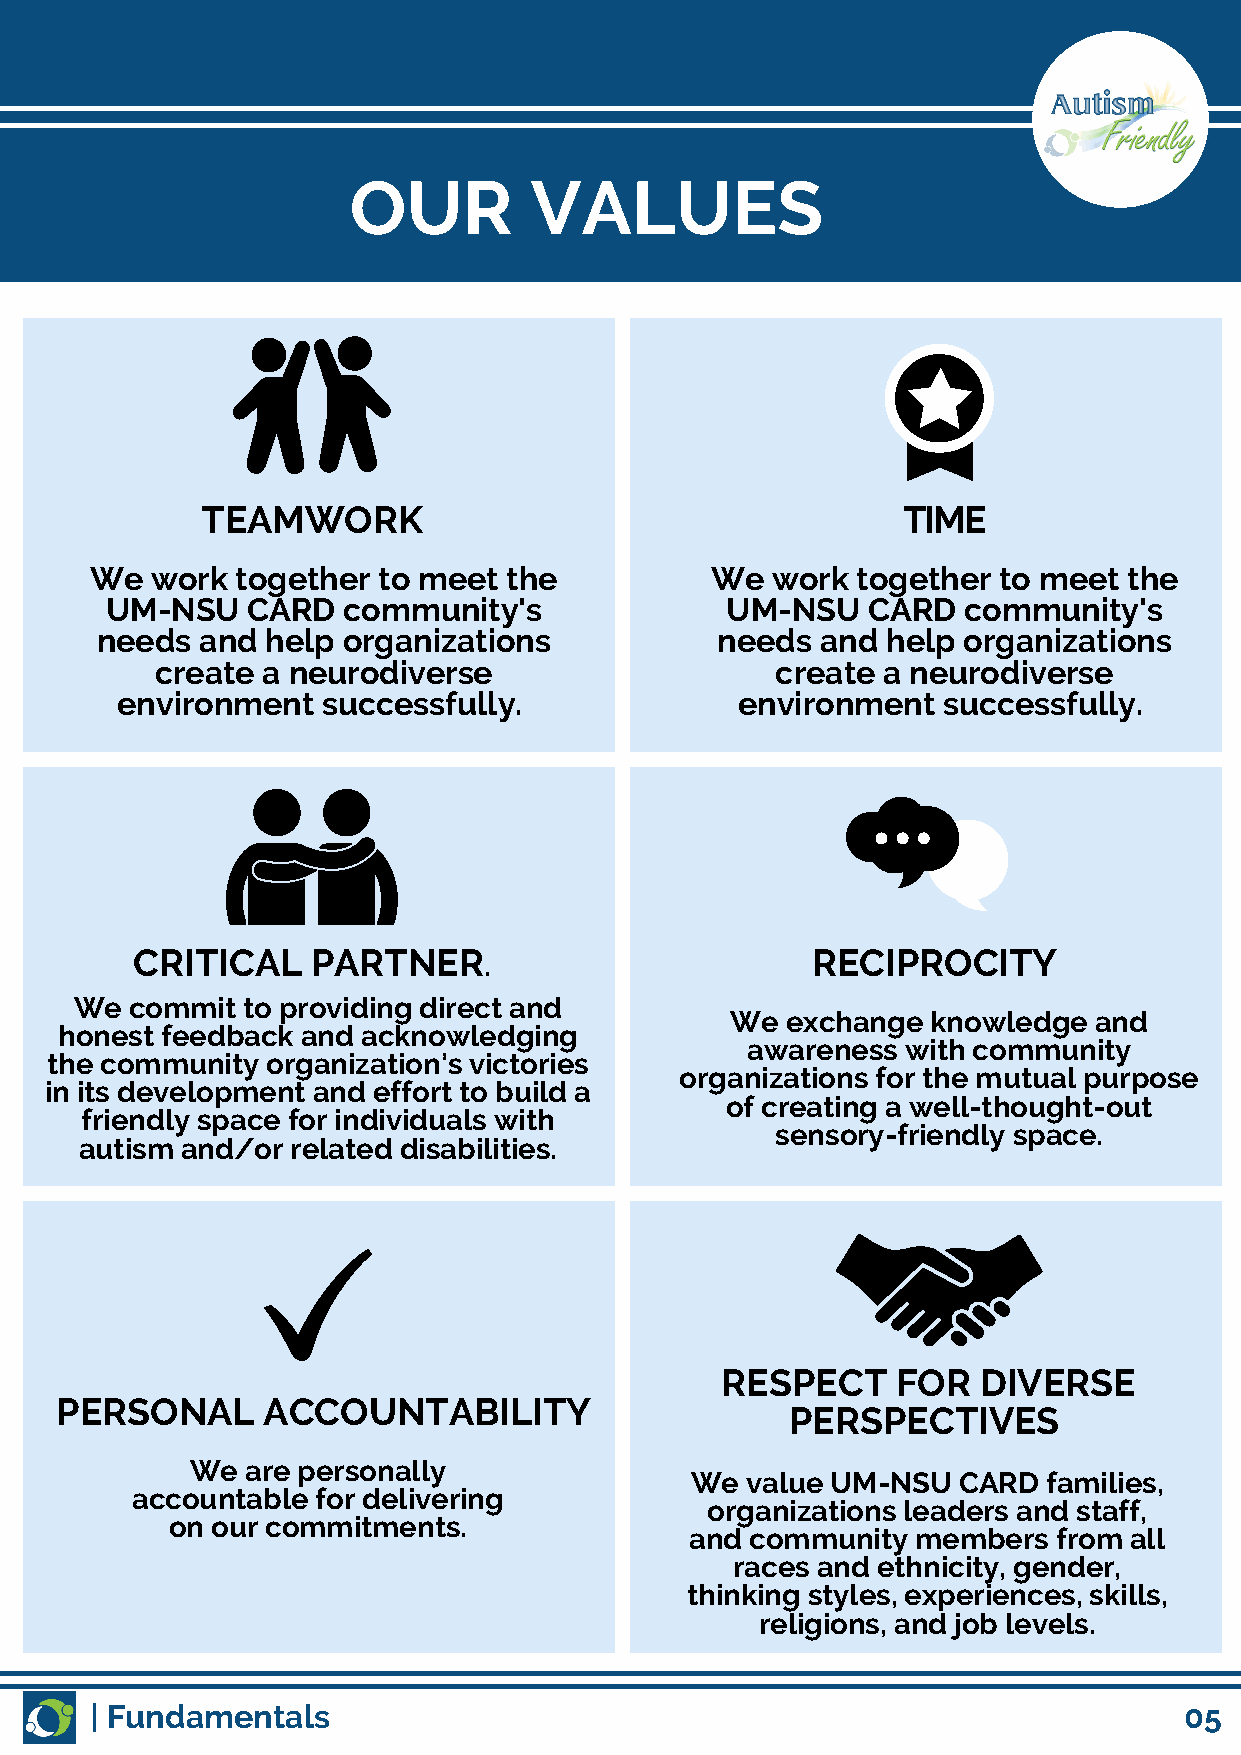
OUR         VALUES
 TEAMWORK                                       TIME
 We  work  together to meet  the          We  work  together to meet  the
 UM-NSU   CARD   community's              UM-NSU   CARD   community's
 needs  and  help organizations           needs  and  help organizations
 create a neurodiverse                    create a neurodiverse
 environment  successfully.               environment  successfully.
 CRITICAL    PARTNER.                         RECIPROCITY
 We  commit to providing direct and
 We  exchange  knowledge and
 honest feedback and acknowledging
 awareness  with community
 the community  organization’s victories
 organizations for the mutual purpose
 in its development and effort to build a
 of creating a well-thought-out
 friendly space for individuals with
 sensory-friendly space.
 autism and/or related disabilities.
 RESPECT    FOR   DIVERSE
 PERSONAL     ACCOUNTABILITY
 PERSPECTIVES
 We are personally
 We value UM-NSU  CARD  families,
 accountable for delivering
 organizations leaders and staff,
 on our commitments.
 and community  members  from all
 races and ethnicity, gender,
 thinking styles, experiences, skills,
 religions, and job levels.
 | Fundamentals                                                          05